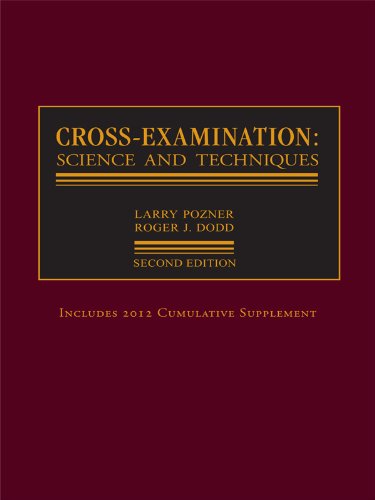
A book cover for Cross-Examination:  Science and Techniques; Larry S. Pozner; Law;